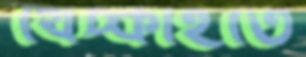
খেঁচ্‌কাইতে